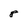
Character: 8